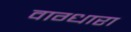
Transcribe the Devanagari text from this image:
वाग्धारा